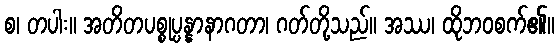
စ၊ တပါး။ အတိတပစ္စုပ္ပန္နာနာဂတာ၊ ဂတ်တို့သည်။ အဿ၊ ထိုဘဝစက်၏။